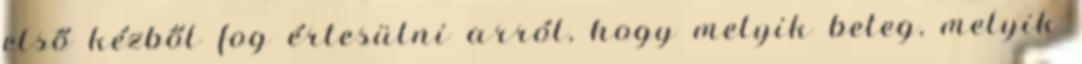
első kézből fog értesülni arról, hogy melyik beteg, melyik